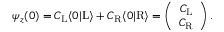
\begin{array} { r } { \psi _ { z } ( 0 ) = C _ { \mathrm { L } } \langle 0 | \mathrm { L } \rangle + C _ { \mathrm { R } } \langle 0 | \mathrm { R } \rangle = \left( \begin{array} { c } { C _ { \mathrm { L } } } \\ { C _ { \mathrm { R } } } \end{array} \right) . } \end{array}